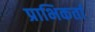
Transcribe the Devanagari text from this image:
प्राभिकर्ता